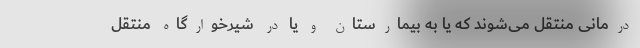
درمانی منتقل می‌شوند که یا به بیمارستان و یا در شیرخوارگاه منتقل